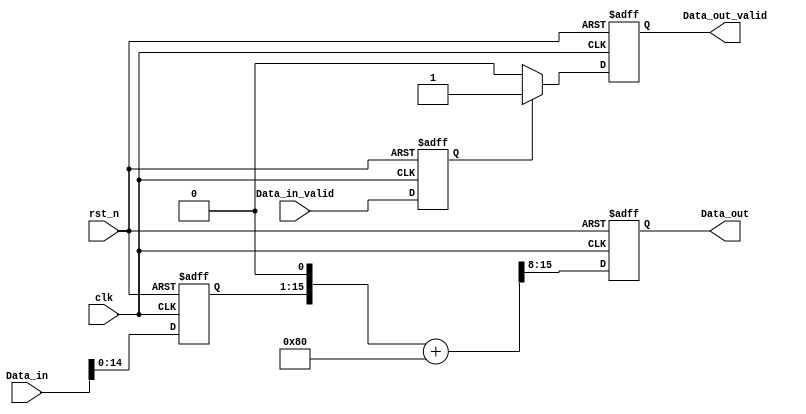
module quantize
#(
	parameter										fractional_length = 7
)
(
	input				clk,
	input				rst_n,
	input				Data_in_valid,
	input		[15:0]	Data_in,
	output	reg			Data_out_valid,
	output	reg	[7:0]	Data_out
);

wire [15:0] half_interval = 16'h0080;
wire [15:0] max_val = 16'h1 << 7 - 1;
wire [15:0] min_val = 16'h1 << 7;

wire [7:0] Data_out_tmp;
wire [7:0] out1;
wire [7:0] out2;

// ================================
// Pipe line
// ================================
reg				Data_in_valid_reg;
reg		[15:0]	Data_in_reg;

always@(posedge clk or negedge rst_n) begin
	if(!rst_n) begin
		Data_in_valid_reg <= #1 0;
		Data_in_reg <= #1 0;
	end
	else begin
		Data_in_valid_reg <= #1 Data_in_valid;
		Data_in_reg <= #1 Data_in;
	end
end

// ================================
// Combinational
// ================================
assign Data_out_tmp = ((Data_in_reg << (16-2*fractional_length-1)) + half_interval) >> 8;
assign out1 = ($signed(Data_out_tmp)<$signed(max_val)) ? Data_out_tmp : max_val;
assign out2 = ($signed(out1)>$signed(min_val)) ? out1 : min_val;
// assign Data_out = out2;

always@(posedge clk or negedge rst_n) begin
	if(!rst_n) begin
		Data_out <= #1 0;
	end
	else begin
		Data_out <= #1 Data_out_tmp;
	end
end
always@(posedge clk or negedge rst_n) begin
	if(!rst_n) begin
		Data_out_valid <= #1 0;
	end
	else if(Data_in_valid_reg) begin
		Data_out_valid <= #1 1;
	end
	else begin
		Data_out_valid <= #1 0;
	end
end

endmodule